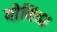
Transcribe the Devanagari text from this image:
गोविंद।